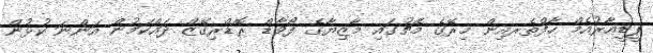
ޕީޑީއާރުއެމް ހާފްތެރއިން މިރޭގެ މެޗުގައި މާޒިޔާގެ ފޯވާޑް ރޮޑްރިގޭޒް ދައްކަމުން އަންނަ ކުޅުން